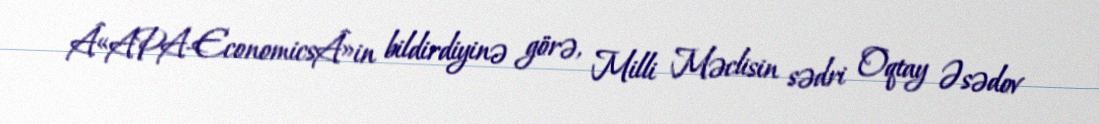
Â«APA-EconomicsÂ»in bildirdiyinə görə, Milli Məclisin sədri Oqtay Əsədov